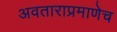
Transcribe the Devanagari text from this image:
अवताराप्रमाणेच